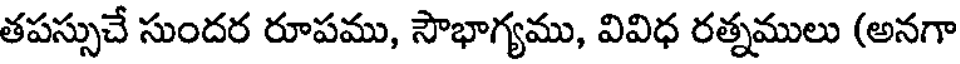
తపస్సుచే సుందర రూపము, సౌభాగ్యము, వివిధ రత్నములు (అనగా